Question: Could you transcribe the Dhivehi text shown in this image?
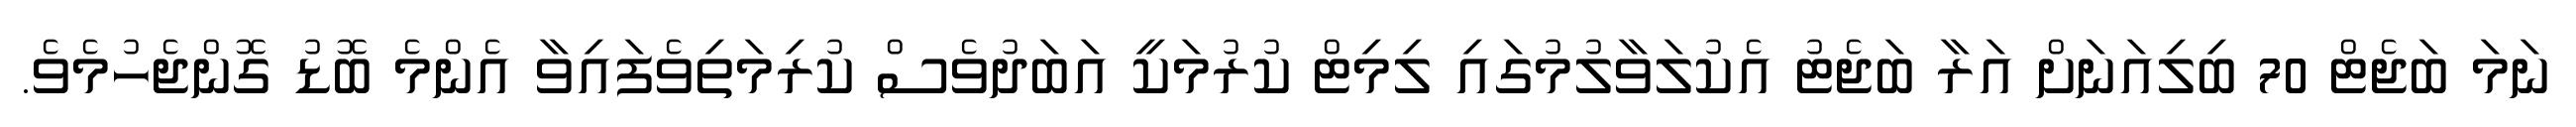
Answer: ނަމަ ބަޖެޓް 70 ބިލިއަނަށް އަރާ ބަޖެޓު އެކުލަވާލުމުގައި ލިމިޓް ކުރުމަކީ އަބަދުވެސް ކުރިމަތިވެފައިވާ އެންމެ ބޮޑު ގޮންޖެހުމެވެ.